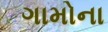
ગામોના